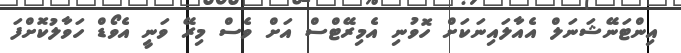
އިންޓަނޭޝަނަލް އެއާލައިނަކަށް ހޮވުނި އެމިރޭޓްސް އަށް ވެސް މިރޭ ވަނީ އެވޯޑް ހަވާލުކޮށްފަ